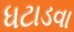
ધટાડવા